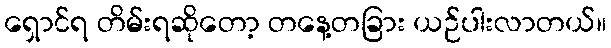
ရှောင်ရ တိမ်းရဆိုတော့ တနေ့တခြား ယဉ်ပါးလာတယ်။